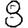
Digit: 8